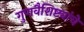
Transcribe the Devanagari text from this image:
गुणवैशिष्ट्यांचे